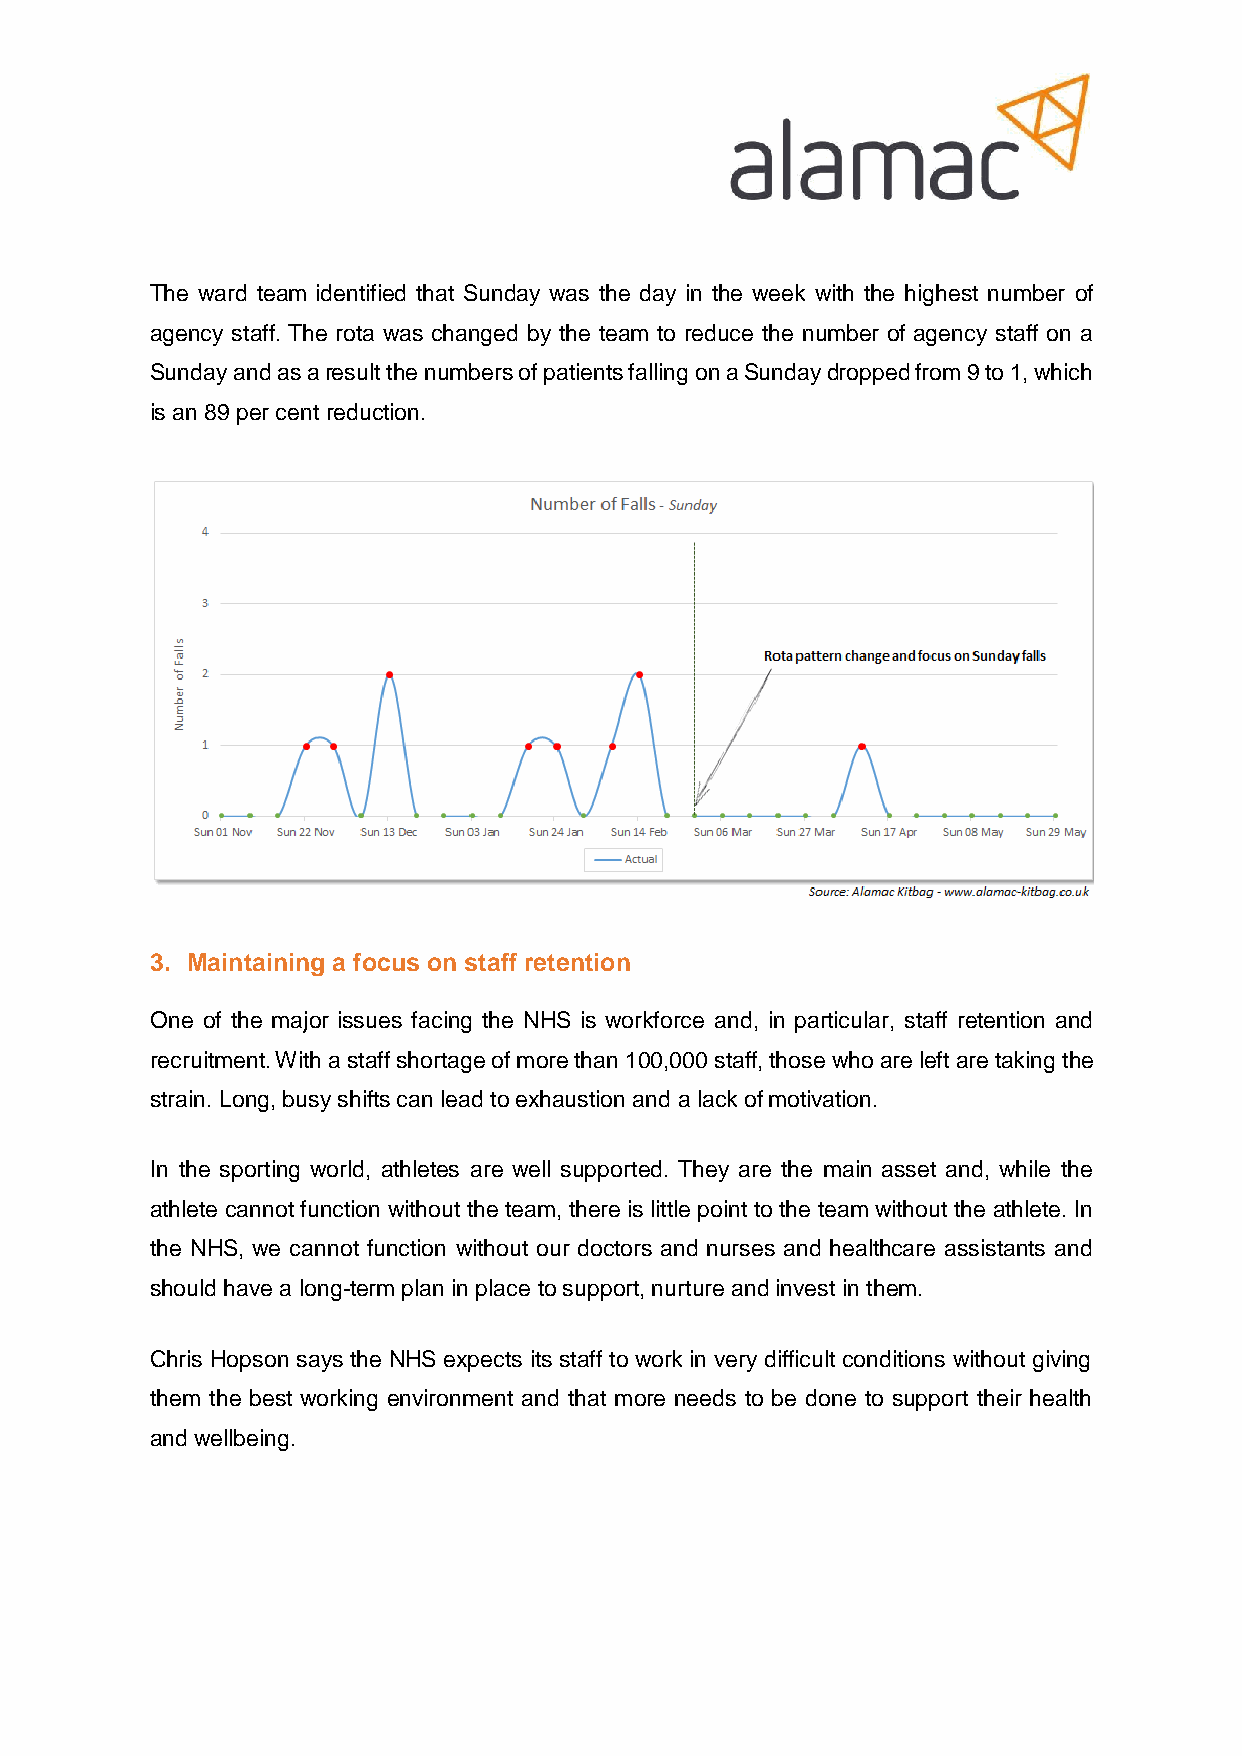
The ward team identified that Sunday was the day in the week with the highest number of
 agency staff. The rota was changed by the team to reduce the number of agency staff on a
 Sunday and as a result the numbers of patients falling on a Sunday dropped from 9 to 1, which
 is an 89 per cent reduction.
 3. Maintaining a focus on staff retention
 One of the major issues facing the NHS is workforce and, in particular, staff retention and
 recruitment. With a staff shortage of more than 100,000 staff, those who are left are taking the
 strain. Long, busy shifts can lead to exhaustion and a lack of motivation.
 In the sporting world, athletes are well supported. They are the main asset and, while the
 athlete cannot function without the team, there is little point to the team without the athlete. In
 the NHS, we cannot function without our doctors and nurses and healthcare assistants and
 should have a long-term plan in place to support, nurture and invest in them.
 Chris Hopson says the NHS expects its staff to work in very difficult conditions without giving
 them the best working environment and that more needs to be done to support their health
 and wellbeing.